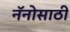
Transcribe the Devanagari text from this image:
नॅनोसाठी